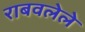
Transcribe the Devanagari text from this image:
राबवलेले